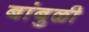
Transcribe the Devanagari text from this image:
बांबुळी